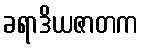
ခရာဒိယဇာတက